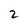
Character: 2